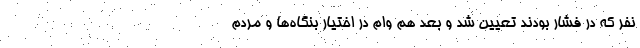
نفر که در فشار بودند تعیین شد و بعد هم وام در اختیار بنگاه‌ها و مردم